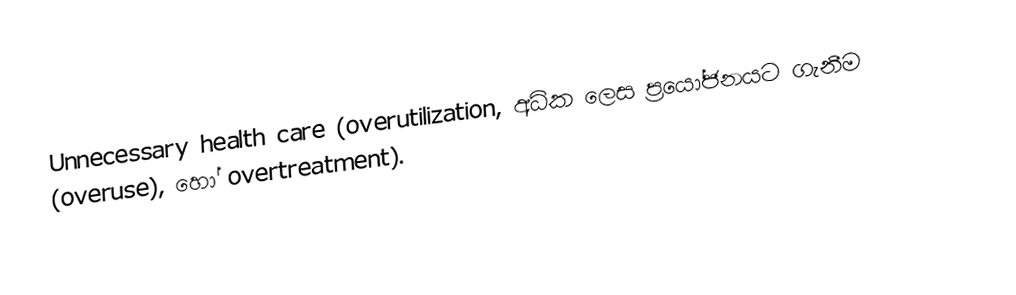
Unnecessary health care (overutilization, අධික ලෙස ප්‍රයෝජනයට ගැනීම (overuse), හෝ overtreatment).